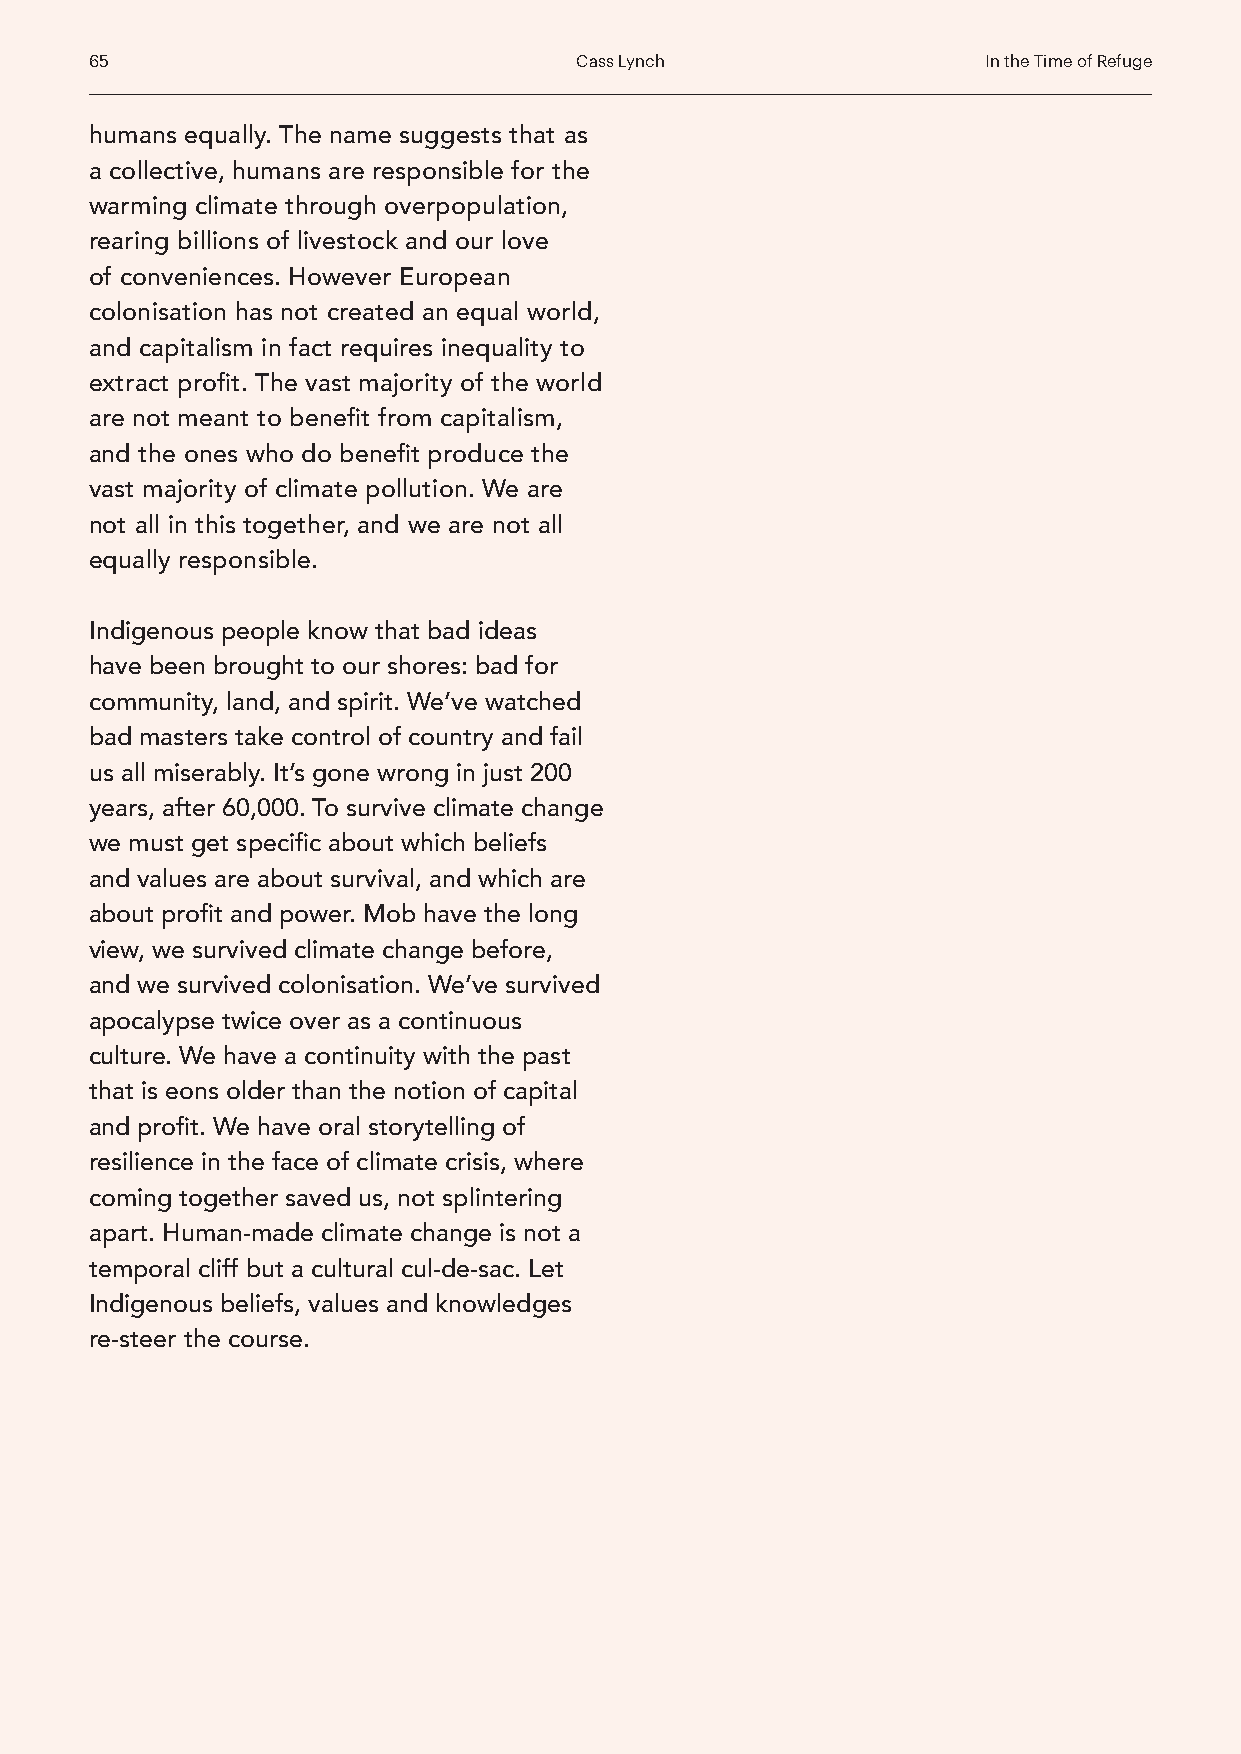
65                              Cass Lynch                 In the Time of Refuge
 humans equally. The name suggests that as
 a collective, humans are responsible for the
 warming climate through overpopulation,
 rearing billions of livestock and our love
 of conveniences. However European
 colonisation has not created an equal world,
 and capitalism in fact requires inequality to
 extract profit. The vast majority of the world
 are not meant to benefit from capitalism,
 and the ones who do benefit produce the
 vast majority of climate pollution. We are
 not all in this together, and we are not all
 equally responsible.
 Indigenous people know that bad ideas
 have been brought to our shores: bad for
 community, land, and spirit. We’ve watched
 bad masters take control of country and fail
 us all miserably. It’s gone wrong in just 200
 years, after 60,000. To survive climate change
 we must get specific about which beliefs
 and values are about survival, and which are
 about profit and power. Mob have the long
 view, we survived climate change before,
 and we survived colonisation. We’ve survived
 apocalypse twice over as a continuous
 culture. We have a continuity with the past
 that is eons older than the notion of capital
 and profit. We have oral storytelling of
 resilience in the face of climate crisis, where
 coming together saved us, not splintering
 apart. Human-made climate change is not a
 temporal cliff but a cultural cul-de-sac. Let
 Indigenous beliefs, values and knowledges
 re-steer the course.